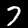
Digit: 7